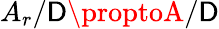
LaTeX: A_{r}/\mathsf{D}\proptoA/\mathsf{D}